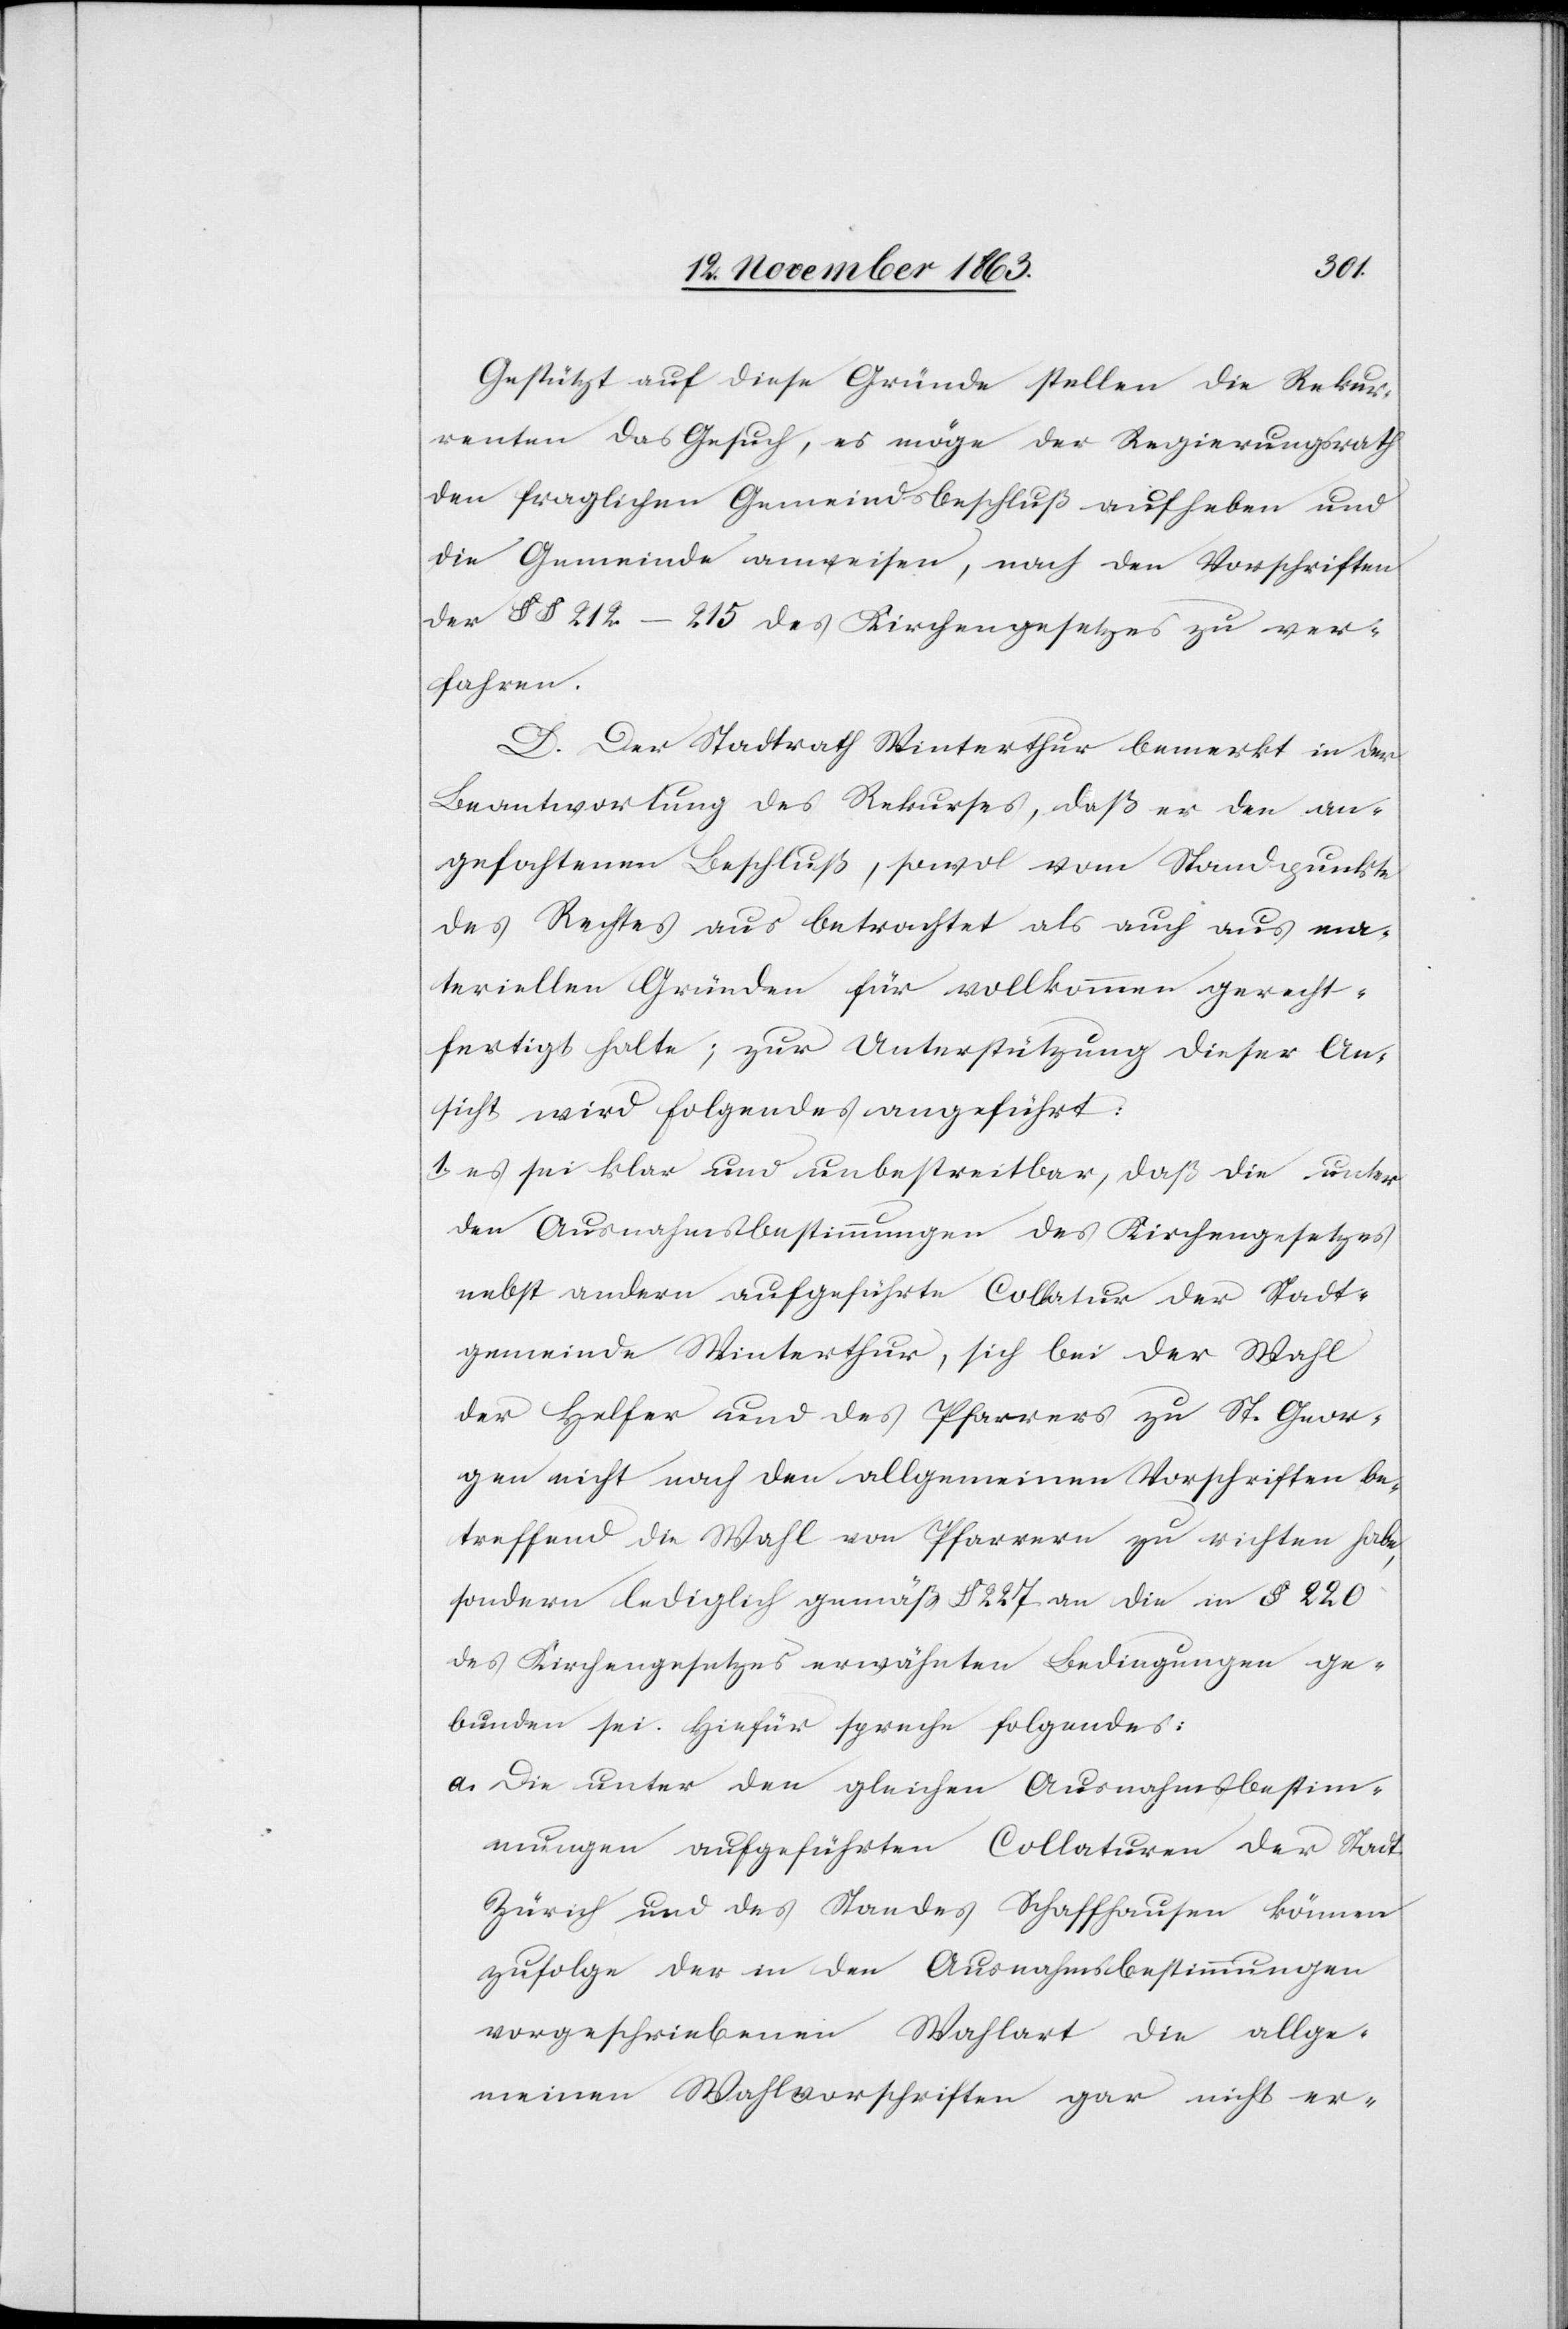
Gestützt auf diese Gründe stellen die Rekur¬
renten das Gesuch, es möge der Regierungsrath
den fraglichen Gemeindsbeschluß aufheben und
die Gemeinde anweisen, nach den Vorschriften
der §§ 212–215 des Kirchengesetzes zu ver¬
fahren.
D. Der Stadtrath Winterthur bemerkt in der
Beantwortung des Rekurses, daß er den an¬
gefochtenen Beschluß, sowol vom Standpunkte
des Rechtes aus betrachtet als auch aus ma¬
teriellen Gründen für vollkommen gerecht¬
fertigt halte; zur Unterstützung dieser An¬
sicht wird folgendes angeführt:
1. es sei klar und unbestreitbar, daß die unter
den Ausnahmsbestimmungen des Kirchengesetzes
nebst andern aufgeführte Collatur der Stadt¬
gemeinde Winterthur, sich bei der Wahl
der Helfer und des Pfarrer zu St. Geor¬
gen nicht nach den allgemeinen Vorschriften be¬
treffend die Wahl von Pfarrern zu richten habe,
sondern lediglich gemäß § 227 an die in § 220
des Kirchengesetzes erwähnten Bedingungen ge¬
bunden sei. Hiefür spreche folgendes:
a. Die unter den gleichen Ausnahmsbestim¬
mungen aufgeführten Collaturen der Stadt
Zürich und des Standes Schaffhausen können
zufolge der in den Ausnahmsbestimmungen
vorgeschriebenen Wahlart die allge¬
meinen Wahlvorschriften gar nicht er-